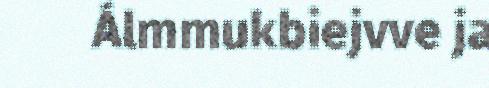
Álmmukbiejvve ja